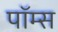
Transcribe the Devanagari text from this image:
पॉम्स